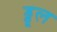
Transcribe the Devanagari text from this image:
ड्डूल